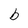
Character: b